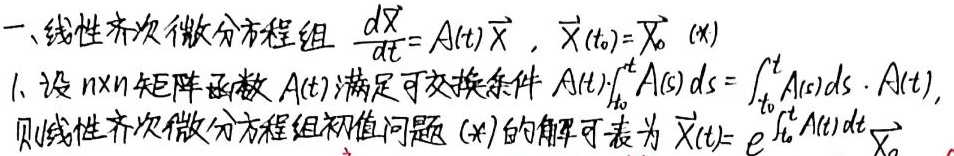
### 一、线性齐次微分方程组
\(\frac{d\vec{X}}{dt}=A(t)\vec{X}\)，\(\vec{X}(t_0)=\vec{X}_0\) (\(*\))

1. 设 \(n\times n\) 矩阵函数 \(A(t)\) 满足可交换条件 \(A(t)\int_{t_0}^{t}A(s)ds = \int_{t_0}^{t}A(s)ds\cdot A(t)\)，则线性齐次微分方程组初值问题 (\(*\)) 的解可表为 \(\vec{X}(t)=e^{\int_{t_0}^{t}A(s)ds}\vec{X}_0\)。